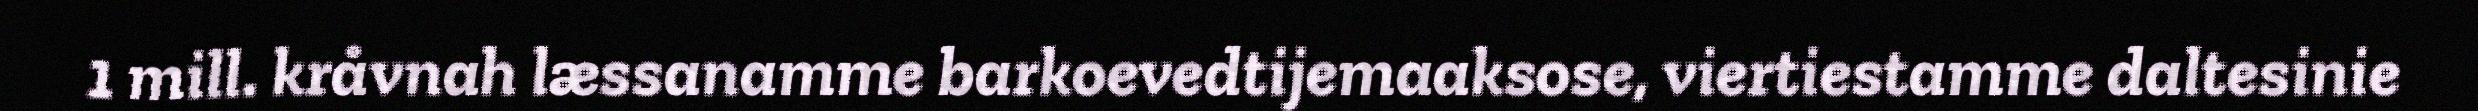
1 mill. kråvnah læssanamme barkoevedtijemaaksose, viertiestamme daltesinie